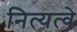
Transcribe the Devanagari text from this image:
नित्यत्वे